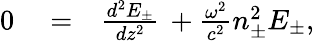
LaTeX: \begin{array}{rlr}{0}&{{}=}&{\frac{d^{2}E_{\pm}}{dz^{2}}\, +\frac{\omega^{2}}{c^{2}}n_{\pm}^{2}E_{\pm},}\end{array}